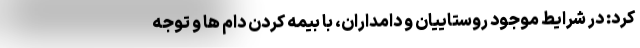
کرد: در شرایط موجود روستاییان و دامداران، با بیمه کردن دام ها و توجه